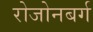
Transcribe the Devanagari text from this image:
रोजोनबर्ग